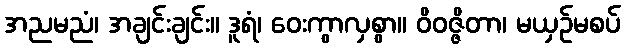
အညမညံ၊ အချင်းချင်း။ ဒူရံ၊ ဝေးကွာလှစွာ။ ဝိဝဇ္ဇိတာ၊ မယှဉ်မစပ်